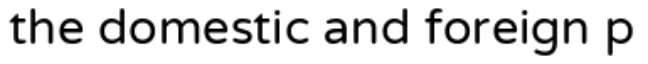
the domestic and foreign p